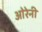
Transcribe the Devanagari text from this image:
ओरेनी